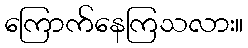
ကြောက်နေကြသလား။